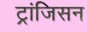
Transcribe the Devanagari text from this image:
ट्रांजिसन